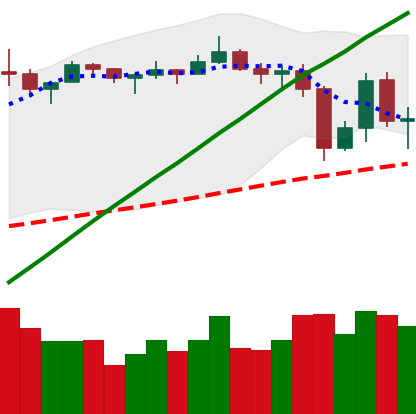
Ticker: LTC-USD
Chart end date: 2019-07-01
Forward return: -3.883%
Label: down_3_5